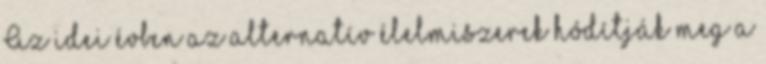
Az idei évben az alternatív élelmiszerek hódítják meg a